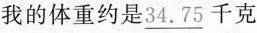
我的体重约是\underline{34.75}千克